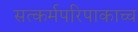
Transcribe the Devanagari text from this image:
सत्कर्मपरिपाकाच्च